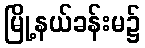
မြို့နယ်ခန်းမ၌